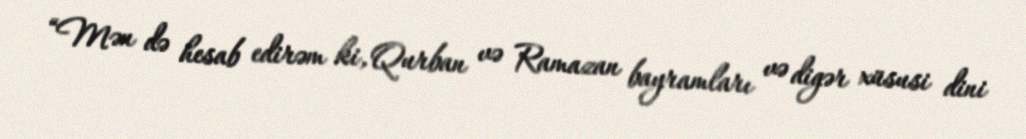
“Mən də hesab edirəm ki, Qurban və Ramazan bayramları və digər xüsusi dini